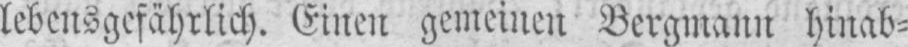
lebensgefährlich. Einen gemeinen Bergmann hinab⸗